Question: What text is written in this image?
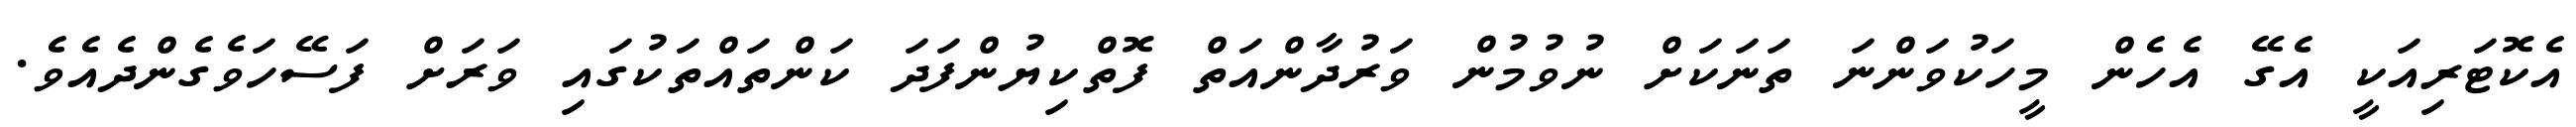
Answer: އެކޮޓަރިއަކީ އެގޭ އެހެން މީހަކުވަންނަ ތަނަކަށް ނުވުމުން ވަރުދާންއަތް ފޮތްކިޔުންފަދަ ކަންތައްތަކުގައި ވަރަށް ފަސޭހަވެގެންދެއެވެ.